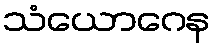
သံယောဂေန